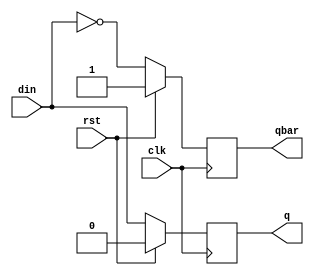
module dflipflop(input din,clk,rst,output reg q,qbar);
   always@(posedge clk)
    begin
     if(rst==1'b1)
      begin
       q=1'b0;
       qbar=1'b1;
	  end
     else
      begin
      q=din;
      qbar=~din;
      end
   
    end    
 endmodule